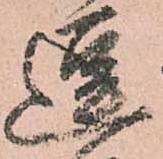
逗